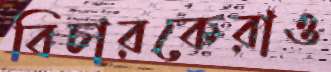
বিচারকেরাও